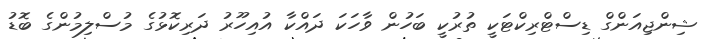
ޝިންޖިއަންގް ޑިސްޓްރިކްޓަކީ ތުރުކީ ބަހުން ވާހަކަ ދައްކާ އުއިހޫރު ދަރިކޮޅުގެ މުސްލިމުންގެ ބޮޑު